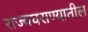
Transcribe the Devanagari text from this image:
राज्यघराण्यातील